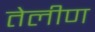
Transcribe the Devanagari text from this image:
तेलीण